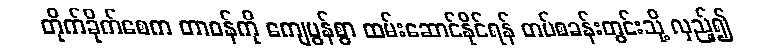
တိုက်ခိုက်စေက တာဝန်ကို ကျေပွန်စွာ ထမ်းဆောင်နိုင်ရန် တပ်စခန်းတွင်းသို့ လှည့်၍